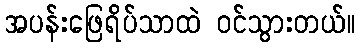
အပန်းဖြေရိပ်သာထဲ ဝင်သွားတယ်။